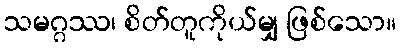
သမဂ္ဂဿ၊ စိတ်တူကိုယ်မျှ ဖြစ်သော။